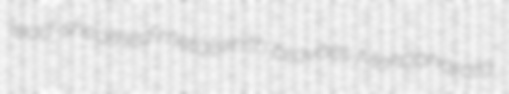
lead-sheathed metalsmith bravoes Mahabharata